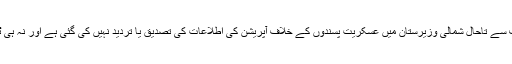
لیکن پاکستان میں فوجی یا پھر حکومت کے نمائندوں کی طرف سے تاحال شمالی وزیرستان میں عسکریت پسندوں کے خلاف آپریشن کی اطلاعات کی تصدیق یا تردید نہیں کی گئی ہے اور نہ ہی ٹیلی فون پر اُن سے رابطوں کی کوششیں بارآور ثابت ہوئی ہیں۔